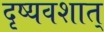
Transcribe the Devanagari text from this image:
दृष्यवशात्